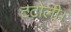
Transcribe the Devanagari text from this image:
टटोली।